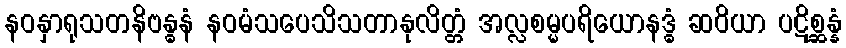
နဝနှာရုသတနိဗန္ဓနံ နဝမံသပေသိသတာနုလိတ္တံ အလ္လစမ္မပရိယောနဒ္ဓံ ဆဝိယာ ပဋိစ္ဆန္နံ